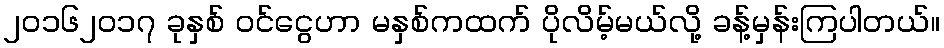
၂၀၁၆၂၀၁၇ ခုနှစ် ဝင်ငွေဟာ မနှစ်ကထက် ပိုလိမ့်မယ်လို့ ခန့်မှန်းကြပါတယ်။